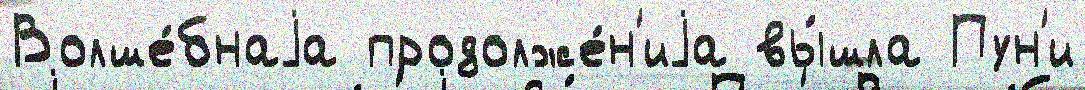
Волше́бнаjа продолже́н'иjа вы́шла Пун'и